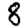
Digit: 8